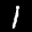
Label: 1